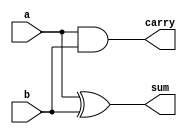
module half_adder(
    input wire a,
    input wire b,
    output wire sum,
    output wire carry
);
    assign sum = a ^ b;      // Sum is A XOR B
    assign carry = a & b;    // Carry is A AND B
endmodule